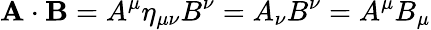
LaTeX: \mathbf{A}\cdot\mathbf{B}=A^{\mu}\eta_{\mu\nu}B^{\nu}=A_{\nu}B^{\nu}=A^{\mu}B_{\mu}